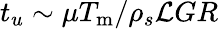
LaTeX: t_{u}\sim\mu T_{\mathrm{m}}/\rho_{s}\mathcal{L}GR